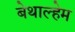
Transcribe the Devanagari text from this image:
बेथाल्हेम